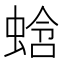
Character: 𬠑